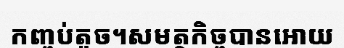
កញ្ចប់តូច។សមត្ថកិច្ចបានអោយ